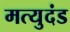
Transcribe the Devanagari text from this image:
मत्युदंड